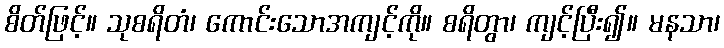
စိတ်ဖြင့်။ သုစရိတံ၊ ကောင်းသောအကျင့်ကို။ စရိတွာ၊ ကျင့်ပြီး၍။ မနသာ၊